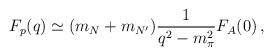
LaTeX: \begin{align*}F_{p}(q)\simeq (m_{N}+m_{N^{\prime}})\frac{1}{q^{2}-m_{\pi }^{2}} F_{A}(0)\, ,\end{align*}